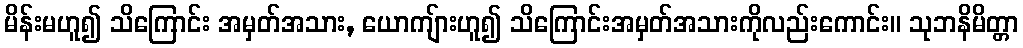
မိန်းမဟူ၍ သိကြောင်း အမှတ်အသား, ယောကျ်ားဟူ၍ သိကြောင်းအမှတ်အသားကိုလည်းကောင်း။ သုဘနိမိတ္တာ